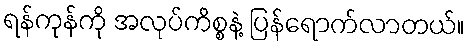
ရန်ကုန်ကို အလုပ်ကိစ္စနဲ့ ပြန်ရောက်လာတယ်။